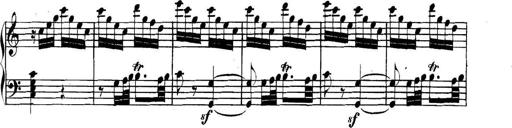
Title: Collected Piano Sonatas
Composer: Muzio Clementi